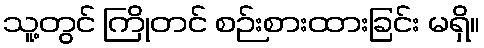
သူ့တွင် ကြိုတင် စဉ်းစားထားခြင်း မရှိ။